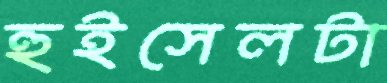
হুইসেলটা